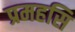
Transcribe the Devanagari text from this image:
प्रमहसि